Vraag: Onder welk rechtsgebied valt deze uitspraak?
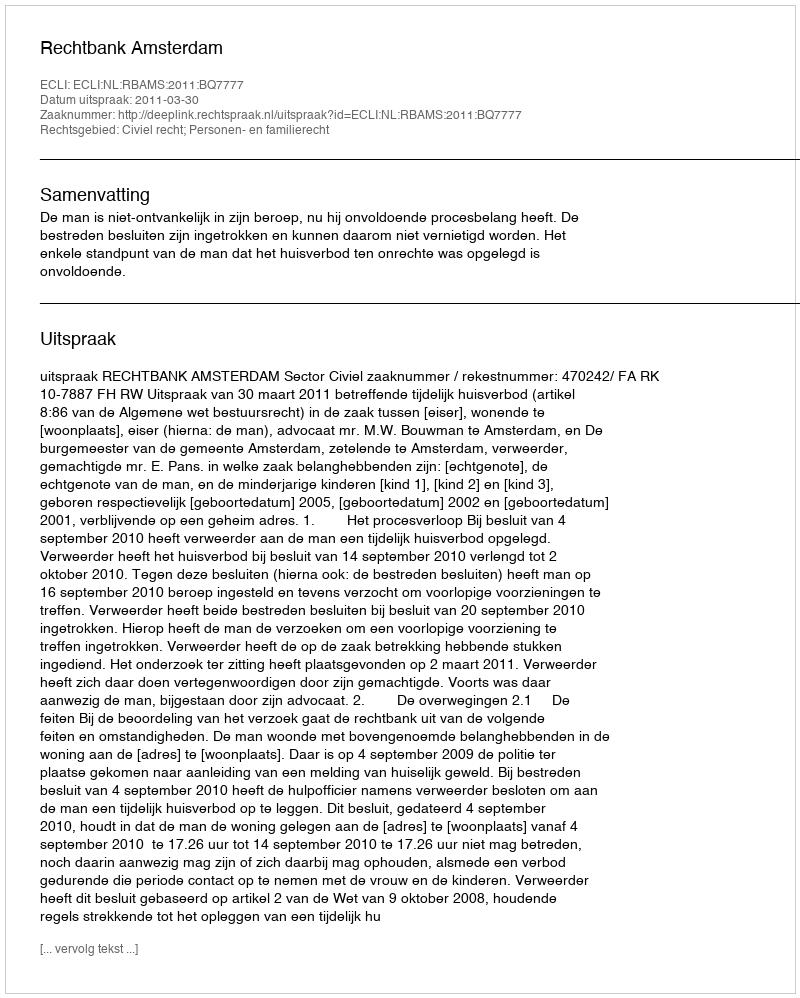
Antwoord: Civiel recht; Personen- en familierecht